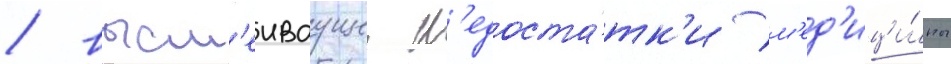
/ высм'еиваущеи н'едоста́тк'и м'ед'ици́ны